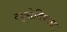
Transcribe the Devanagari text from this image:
न्यूरोविकास